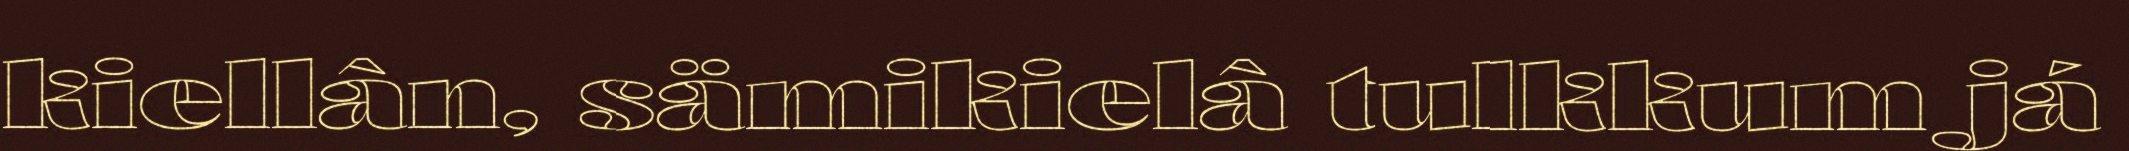
kiellân, sämikielâ tulkkum já